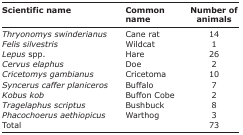
| Scientific name | Common name | Number of animals |
 | --- | --- | --- |
 | Thryonomys swinderianus | Cane rat | 14 |
 | Felis silvestris | Wildcat | 1 |
 | Lepus spp. | Hare | 26 |
 | Cervus elaphus | Doe | 2 |
 | Cricetomys gambianus | Cricetoma | 10 |
 | Syncerus caffer planiceros | Buffalo | 7 |
 | Kobus kob | Buffon Cobe | 2 |
 | Tragelaphus scriptus | Bushbuck | 8 |
 | Phacochoerus aethiopicus | Warthog | 3 |
 | Total |  | 73 |